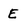
Character: E